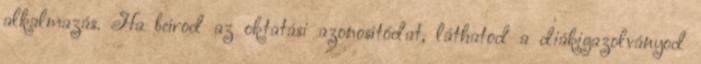
alkalmazás. Ha beírod az oktatási azonosítódat, láthatod a diákigazolványod